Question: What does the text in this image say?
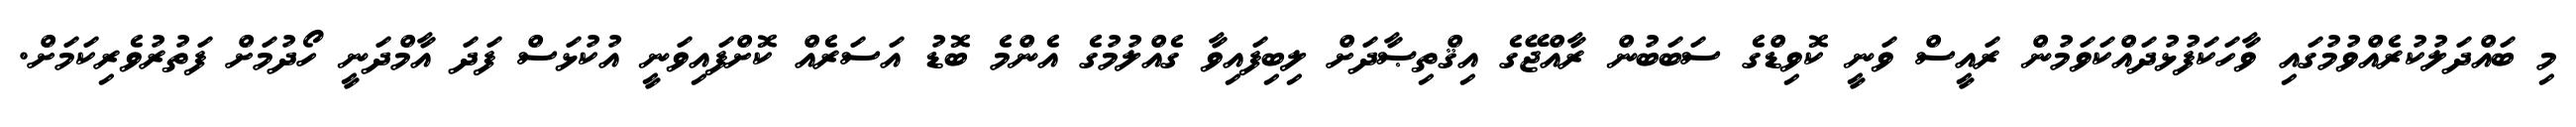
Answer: މި ބައްދަލުކުރެއްވުމުގައި ވާހަކަފުޅުދައްކަވަމުން ރައީސް ވަނީ ކޮވިޑްގެ ސަބަބުން ރާއްޖޭގެ އިޤްތިޞާދަށް ލިބިފައިވާ ގެއްލުމުގެ އެންމެ ބޮޑު އަސަރެއް ކޮށްފައިވަނީ އުކުޅަސް ފަދަ އާމްދަނީ ހޯދުމަށް ފަތުރުވެރިކަމަށް.